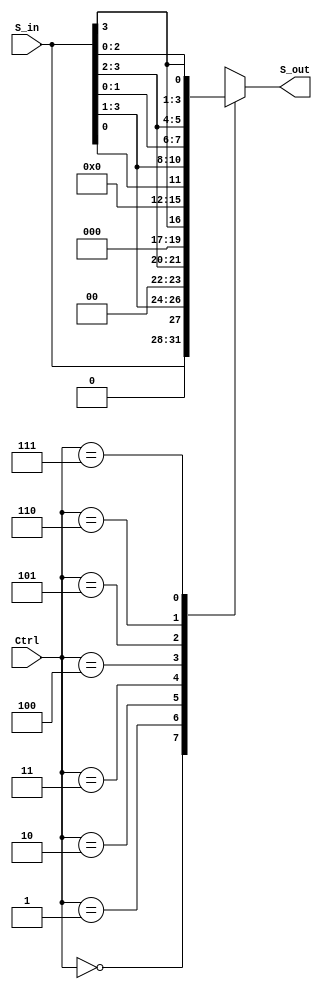
`timescale 1ns / 1ps

module right_shifter_4b (input [2:0] Ctrl, input [3:0] S_in, output reg [3:0] S_out);
    
reg I;
always @ (Ctrl, S_in)
begin
    case (Ctrl)
        3'b000: S_out = S_in;//pass
        3'b001: S_out = {1'b0,S_in[3:1]};//SR1
        3'b010: S_out = {2'b00,S_in[3:2]};//SR2
        3'b011: S_out = {3'b000,S_in[3]};//SR3
        3'b100: S_out = 4'b0000;//SR4
        3'b101: S_out = {S_in[0],S_in[3:1]}; //RR1
        3'b110: S_out = {S_in[1:0],S_in[3:2]};//RR2
        3'b111: S_out = {S_in[2:0],S_in[3]}; //RR3
        default: S_out = 4'bz;
    endcase
end
endmodule